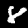
Label: 8